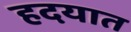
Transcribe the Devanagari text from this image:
हदयात